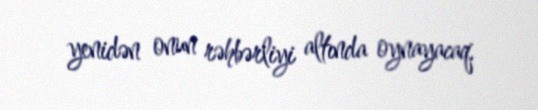
yenidən onun rəhbərliyi altında oynayacaq.